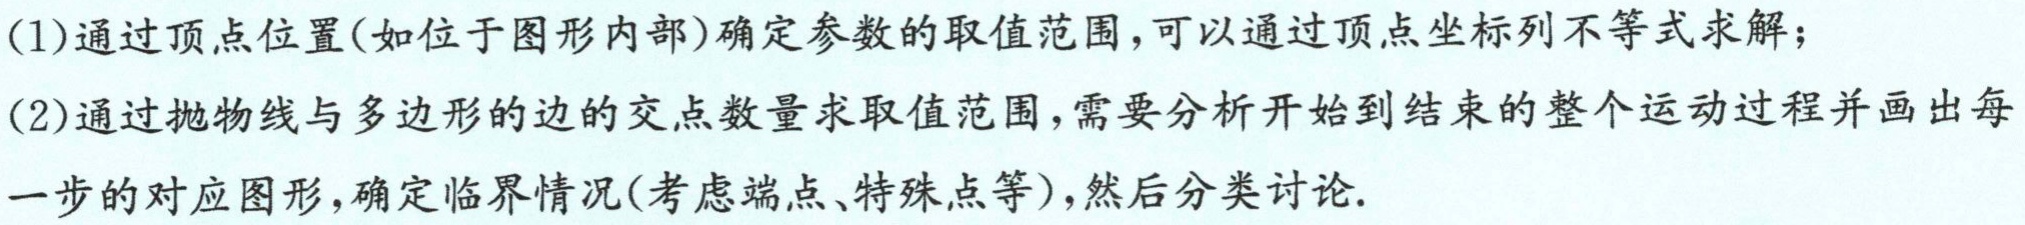
(1)通过顶点位置(如位于图形内部)确定参数的取值范围，可以通过顶点坐标列不等式求解；

(2)通过抛物线与多边形的边的交点数量求取值范围，需要分析开始到结束的整个运动过程并画出每一步的对应图形，确定临界情况(考虑端点、特殊点等)，然后分类讨论.